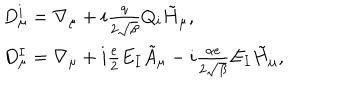
\begin{array} { l l } { { D _ { \mu } ^ { i } = \nabla _ { \mu } + i \frac { q } { 2 \sqrt { \beta } } Q _ { i } \tilde { H } _ { \mu } , } } \\ { { D _ { \mu } ^ { I } = \nabla _ { \mu } + i \frac { e } { 2 } E _ { I } \tilde { A } _ { \mu } - i \frac { \alpha e } { 2 \sqrt { \beta } } E _ { I } \tilde { H } _ { \mu } , } } \\ \end{array}